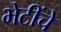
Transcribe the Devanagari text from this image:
भेटींचे